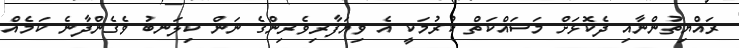
ރައްޔިތުންނާއި ދެކޮޅަށް މަސައްކަތް ކުރުމަކީ އެ ވިޔަފާރިވެރިންގެ ނަން ކިލަނބު ވެގެންދާނެ ކަމެއް